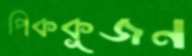
পিককূজন